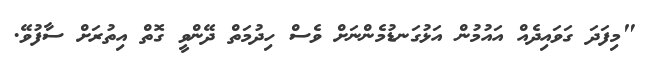
"މިފަދަ ގަވައިދެއް އައުމުން އަޅުގަނޑުމެންނަށް ވެސް ހިދުމަތް ދޭންވީ ގޮތް އިތުރަށް ސާފުވޭ.